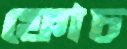
ফোচ